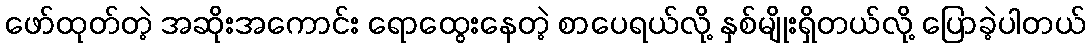
ဖော်ထုတ်တဲ့ အဆိုးအကောင်း ရောထွေးနေတဲ့ စာပေရယ်လို့ နှစ်မျိုးရှိတယ်လို့ ပြောခဲ့ပါတယ်